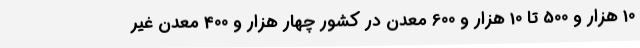
10 هزار و 500 تا 10 هزار و 600 معدن در کشور چهار هزار و 400 معدن غیر